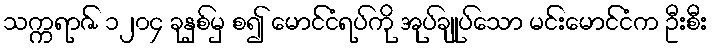
သက္ကရာဇ် ၁၂၀၄ ခုနှစ်မှ စ၍ မောင်ငံရပ်ကို အုပ်ချုပ်သော မင်းမောင်ငံက ဦးစီး